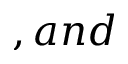
, a n d